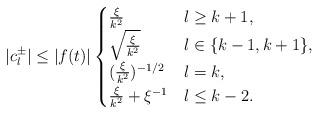
LaTeX: \begin{align*} |c_{l}^{\pm}| \leq |f(t)| \begin{cases} \frac{\xi}{k^2} & l\geq k+1, \\ \sqrt{\frac{\xi}{k^2}} & l \in \{k-1,k+1\}, \\ (\frac{\xi}{k^2})^{-1/2} & l=k, \\ \frac{\xi}{k^2} + \xi^{-1} & l\leq k-2. \end{cases}\end{align*}